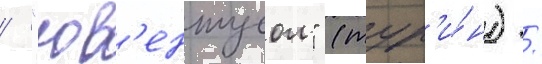
/ "юв'ентусом" (тур'и́н) /